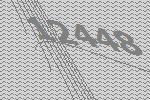
12448